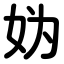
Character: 妫